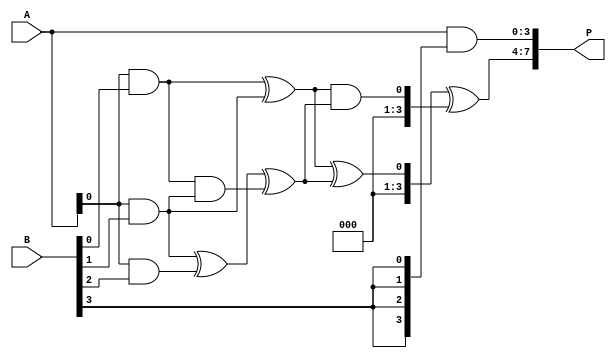
module wallace_tree_multiplier #(parameter N = 4) (
    input [N-1:0] A,
    input [N-1:0] B,
    output [2*N-1:0] P
);
    wire [N-1:0] pp [0:N-1]; // Partial products
    wire [N-1:0] sum [0:N-1]; // Sums at each stage
    wire [N-1:0] carry [0:N-1]; // Carries at each stage

    // Generate partial products
    genvar i, j;
    generate
        for (i = 0; i < N; i = i + 1) begin : pp_gen
            assign pp[i] = A & {N{B[i]}};
        end
    endgenerate

    // Wallace tree reduction
    // Stage 1: Combine partial products using half adders and full adders
    wire [N-1:0] stage1_sum [0:N-1];
    wire [N-1:0] stage1_carry [0:N-1];

    generate
        for (i = 0; i < N-1; i = i + 1) begin : stage1
            if (i % 2 == 0) begin
                // Half adder for even indexed bits
                assign stage1_sum[i] = pp[i][0] ^ pp[i+1][0];
                assign stage1_carry[i] = pp[i][0] & pp[i+1][0];
            end else begin
                // Full adder for odd indexed bits
                assign stage1_sum[i] = pp[i][0] ^ pp[i+1][0] ^ stage1_carry[i-1];
                assign stage1_carry[i] = (pp[i][0] & pp[i+1][0]) | (stage1_carry[i-1] & (pp[i][0] ^ pp[i+1][0]));
            end
        end
    endgenerate

    // Stage 2: Further reduction
    wire [N-1:0] stage2_sum [0:N-1];
    wire [N-1:0] stage2_carry [0:N-1];

    generate
        for (i = 0; i < N/2; i = i + 1) begin : stage2
            assign stage2_sum[i] = stage1_sum[i*2] ^ stage1_sum[i*2+1];
            assign stage2_carry[i] = stage1_sum[i*2] & stage1_sum[i*2+1];
        end
    endgenerate

    // Final addition
    wire [N-1:0] final_sum;
    wire [N-1:0] final_carry;

    assign final_sum = stage2_sum[0] ^ stage2_carry[0];
    assign final_carry = stage2_sum[0] & stage2_carry[0];

    // Combine all results to form the final product
    assign P = {final_carry, final_sum, pp[N-1]};

endmodule